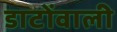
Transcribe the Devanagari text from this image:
डाटोंवाली